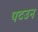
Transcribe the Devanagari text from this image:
पटउन